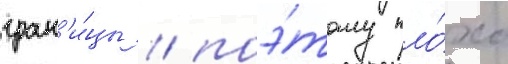
гран'и́цы / поэ́тому пло́хо